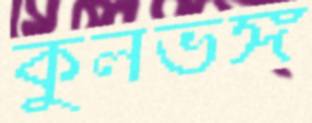
কুলভঙ্গ